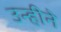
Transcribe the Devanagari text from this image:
उन्हीने